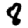
Digit: 8